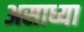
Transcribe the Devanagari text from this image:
असाध्या